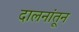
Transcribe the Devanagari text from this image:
दालनांतून